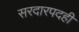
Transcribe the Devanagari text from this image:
सरदारपदही